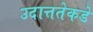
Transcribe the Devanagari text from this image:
उदात्ततेकडे